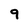
Character: 9